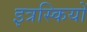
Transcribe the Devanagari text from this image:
इत्रस्कियों